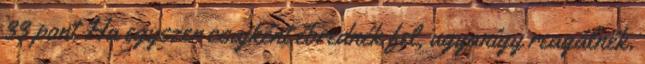
33 pont Ha egyszer csajként ébrednék fel, ugyanígy reagálnék.